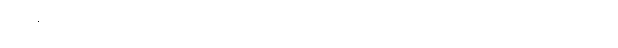
ပြုံးနေတိုင်းလဲစိတ်ဓာတ်မကျတတ်လို့မဟုတ်ပါဘူး အရင်ကဆိုဘာခံစားချက်မှမထားခဲ့ဘူး